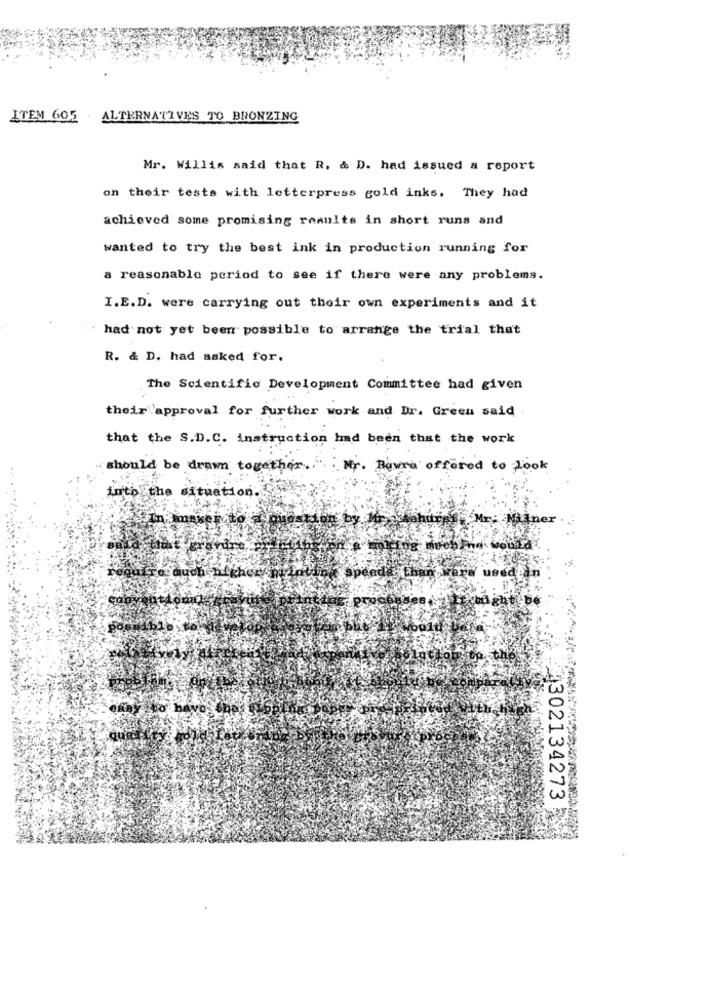
ITEM 605. ALTERNATIVES TO BRONZING
Mr. Willis said that R. & D. had issued a report
on their tests with letterpress gold inks. They had
achieved some promising results in short runs and
wanted to try the best ink in production running for
a reasonable period to see if there were any problems.
I.E.D. were carrying out their own experiments and it
had not yet been possible to arrange the trial that
R. & D. had asked for.
The Scientific Development Committee had given
their approval for further work and Dr. Green said
that the S.D.C. instruction had been that the work
should be drawn together ..
Mr. Rowra offered to look
into the situation.
Mr. Nainer
Tauch nikhe
A302134273